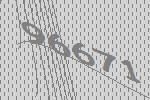
96671